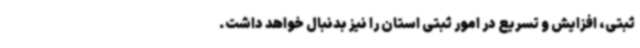
ثبتی، افزایش و تسریع در امور ثبتی استان را نیز بدنبال خواهد داشت.